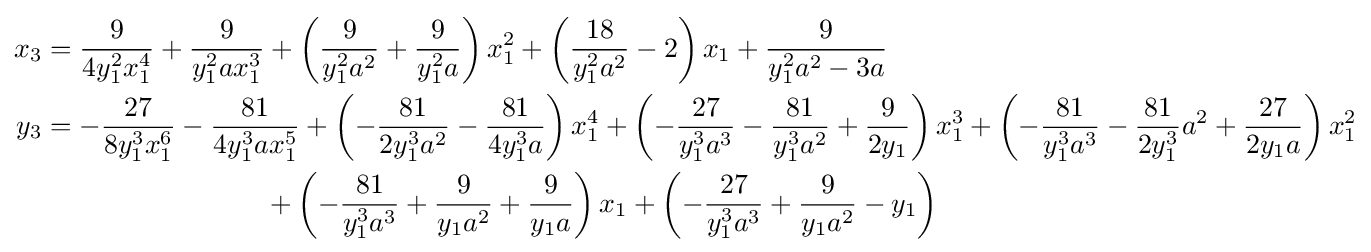
{\begin{aligned}x_{3}&={\frac {9}{4y_{1}^{2}x_{1}^{4}}}+{\frac {9}{y_{1}^{2}ax_{1}^{3}}}+\left({\frac {9}{y_{1}^{2}a^{2}}}+{\frac {9}{y_{1}^{2}a}}\right)x_{1}^{2}+\left({\frac {18}{y_{1}^{2}a^{2}}}-2\right)x_{1}+{\frac {9}{y_{1}^{2}a^{2}-3a}}\\y_{3}&=-{\frac {27}{8y_{1}^{3}x_{1}^{6}}}-{\frac {81}{4y_{1}^{3}ax_{1}^{5}}}+\left(-{\frac {81}{2y_{1}^{3}a^{2}}}-{\frac {81}{4y_{1}^{3}a}}\right)x_{1}^{4}+\left(-{\frac {27}{y_{1}^{3}a^{3}}}-{\frac {81}{y_{1}^{3}a^{2}}}+{\frac {9}{2y_{1}}}\right)x_{1}^{3}+\left(-{\frac {81}{y_{1}^{3}a^{3}}}-{\frac {81}{2y_{1}^{3}}}a^{2}+{\frac {27}{2y_{1}a}}\right)x_{1}^{2}\\&\qquad \qquad \qquad \qquad +\left(-{\frac {81}{y_{1}^{3}a^{3}}}+{\frac {9}{y_{1}a^{2}}}+{\frac {9}{y_{1}a}}\right)x_{1}+\left(-{\frac {27}{y_{1}^{3}a^{3}}}+{\frac {9}{y_{1}a^{2}}}-y_{1}\right)\end{aligned}}